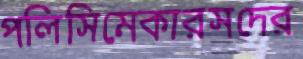
পলিসিমেকারসদের